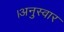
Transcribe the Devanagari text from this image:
।अनुस्वार